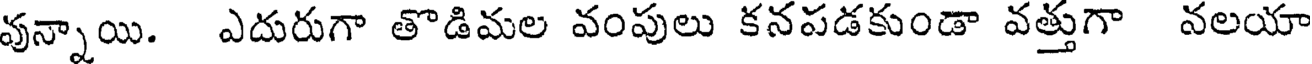
వున్నాయి. ఎదురుగా తొడిమల వంపులు కనపడకుండా వత్తుగా వలయా